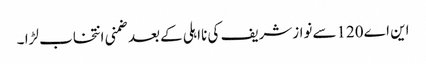
این اے120سےنوازشریف کی نااہلی کےبعدضمنی انتخاب لڑا ۔